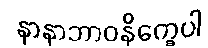
နာနာဘာဝနိက္ခေပါ